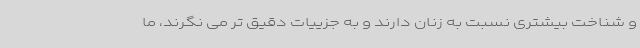
و شناخت بیشتری نسبت به زنان دارند و به جزییات دقیق تر می نگرند، ما